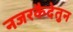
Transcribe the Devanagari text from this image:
नजरकैदेतुन